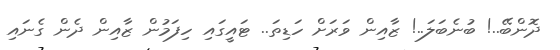
ދޮންބޭ..! ބުނެބަލަ..! ޒާއިން ވަރަށް ހަޑިތަ.. ޓައީގައި ހިފަމުން ޒާއިން ދެން ގެނައި